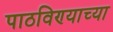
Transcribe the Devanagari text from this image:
पाठविण्याच्या